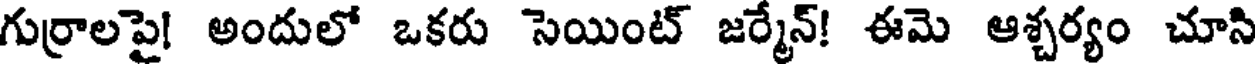
గుర్రాలపై! అందులో ఒకరు సెయింట్ జర్మేన్! ఈమె ఆశ్చర్యం చూసి